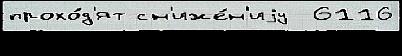
прохо́д'ят сн'иже́н'иjу  6116